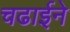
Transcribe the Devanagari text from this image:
चढाईने